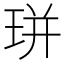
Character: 㻂